Physical education and physical well-being, 1936
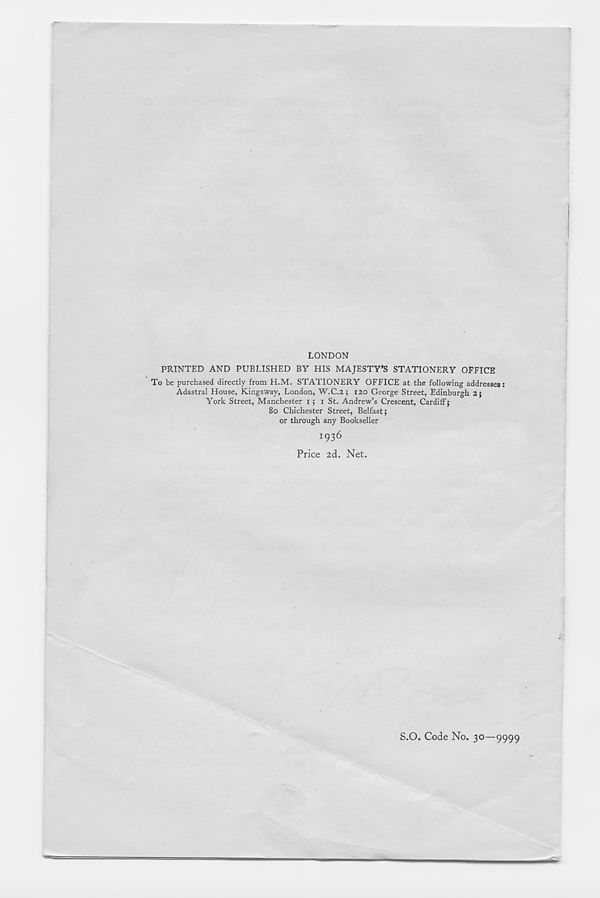
LONDON
PRINTED AND PUBLISHED BY HIS MAJESTY’S STATIONERY OFFICE
To be purchased directly from H.M. STATIONERY OFFICE at the following addresses:
Adastral House, Kingsway, London, W.C.2; 120 George Street, Edinburgh 2;
York Street, Manchester 1; 1 St. Andrew’s Crescent, Cardiff;
80 Chichester Street, Belfast;
or through any Bookseller
1936
Price 2d. Net.
S.O. Code No. 30—9999